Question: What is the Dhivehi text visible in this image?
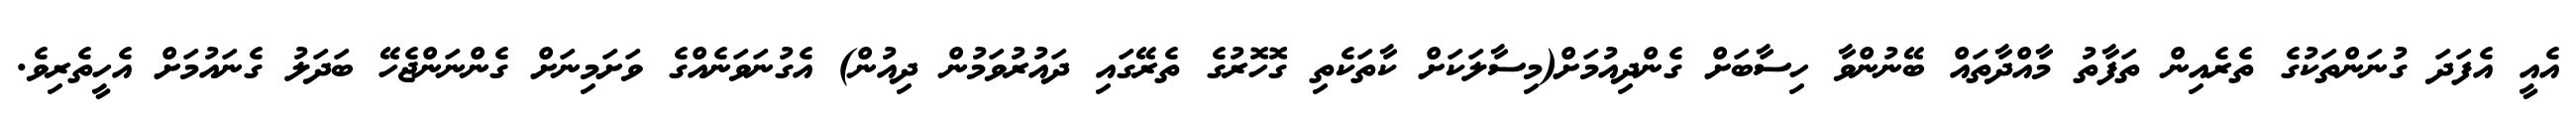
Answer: އެއީ އެފަދަ ގުނަންތަކުގެ ތެރެއިން ތަފާތު މާއްދާތައް ބޭނުންވާ ހިސާބަށް ގެންދިއުމަށް(މިސާލަކަށް ކާތަކެތި ގޮހޮރުގެ ތެރޭގައި ދައުރުވަމުން ދިއުން) އެގުނަވަނެއްގެ ވަށަމިނަށް ގެންނަންޖެހޭ ބަދަލު ގެނައުމަށް އެހީތެރިވެ.